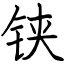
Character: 铗